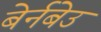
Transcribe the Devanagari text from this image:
बेर्नबेउ